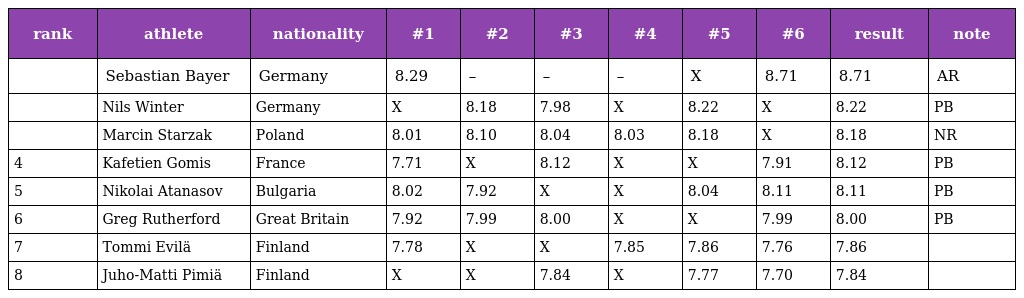
| rank | athlete | nationality | #1 | #2 | #3 | #4 | #5 | #6 | result | note |
 | --- | --- | --- | --- | --- | --- | --- | --- | --- | --- | --- |
 |  | Sebastian Bayer | Germany | 8.29 | – | – | – | X | 8.71 | 8.71 | AR |
 |  | Nils Winter | Germany | X | 8.18 | 7.98 | X | 8.22 | X | 8.22 | PB |
 |  | Marcin Starzak | Poland | 8.01 | 8.10 | 8.04 | 8.03 | 8.18 | X | 8.18 | NR |
 | 4 | Kafetien Gomis | France | 7.71 | X | 8.12 | X | X | 7.91 | 8.12 | PB |
 | 5 | Nikolai Atanasov | Bulgaria | 8.02 | 7.92 | X | X | 8.04 | 8.11 | 8.11 | PB |
 | 6 | Greg Rutherford | Great Britain | 7.92 | 7.99 | 8.00 | X | X | 7.99 | 8.00 | PB |
 | 7 | Tommi Evilä | Finland | 7.78 | X | X | 7.85 | 7.86 | 7.76 | 7.86 |  |
 | 8 | Juho-Matti Pimiä | Finland | X | X | 7.84 | X | 7.77 | 7.70 | 7.84 |  |